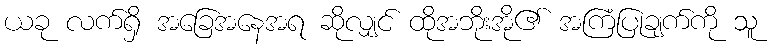
ယခု လက်ရှိ အခြေအနေအရ ဆိုလျှင် ထိုအဘိုးအို၏ အကြံပြုချက်ကို သူ